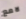
لامع